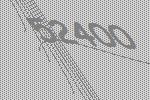
52400